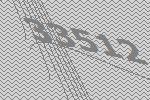
33512